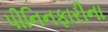
પીનિનફારીના